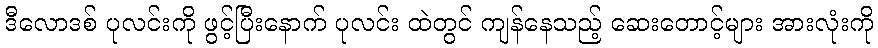
ဒီလောဒစ် ပုလင်းကို ဖွင့်ပြီးနောက် ပုလင်း ထဲတွင် ကျန်နေသည့် ဆေးတောင့်များ အားလုံးကို